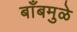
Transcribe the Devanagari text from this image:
बाँबमुळे